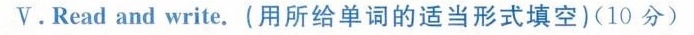
V.Read and write.(用所给单词的适当形式填空)(10 分)